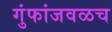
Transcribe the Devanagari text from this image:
गुंफांजवळच